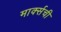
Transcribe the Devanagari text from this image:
मार्क्सची